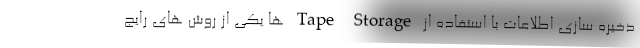
ذخیره سازی اطلاعات با استفاده از Tape Storage ها یکی از روش های رایج